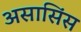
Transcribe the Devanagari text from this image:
असासिंस